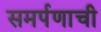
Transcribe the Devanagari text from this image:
समर्पणाची